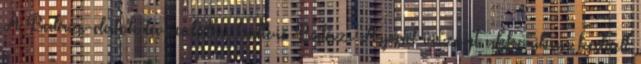
A Balázs-dalok társadalmi háttere Balázs Árpád viszont akkoriban kedvelt